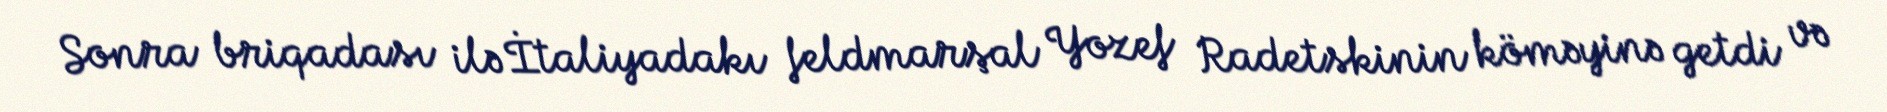
Sonra briqadası ilə İtaliyadakı feldmarşal Yozef Radetskinin köməyinə getdi və